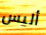
أليس